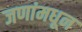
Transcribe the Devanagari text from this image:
जणांमधून